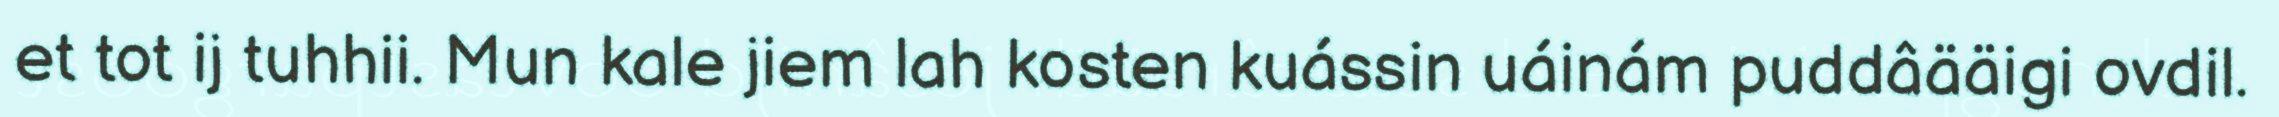
et tot ij tuhhii. Mun kale jiem lah kosten kuássin uáinám puddâääigi ovdil.